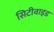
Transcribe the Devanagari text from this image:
सिटीवाइड